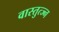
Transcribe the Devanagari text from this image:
वास्तुत्ज्न